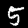
Label: 5